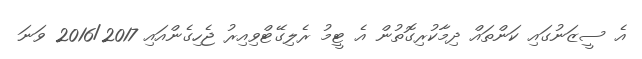
އެ ސީޒަނުގައި ކަންތައް ދިމާކުރިގޮތުން އެ ޓީމު ރެލިގޭޓްވިއިރު ޖެހިގެންއައި 2016/2017 ވަނަ